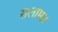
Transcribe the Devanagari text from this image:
सलाम।।